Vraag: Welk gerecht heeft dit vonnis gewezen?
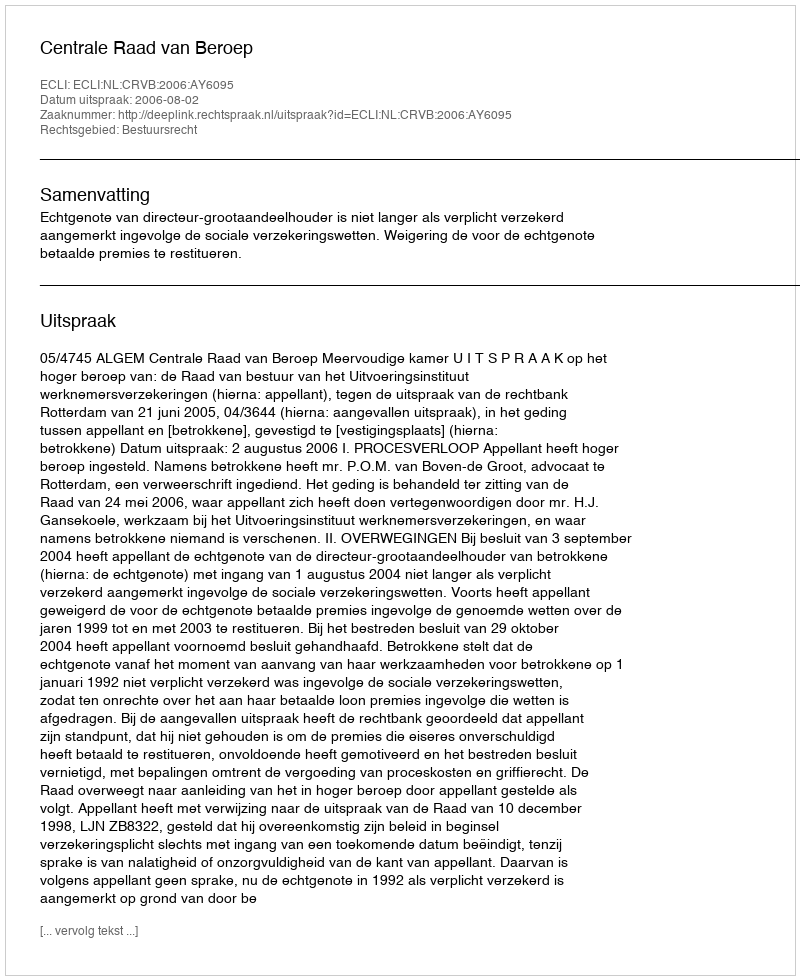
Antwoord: Centrale Raad van Beroep